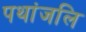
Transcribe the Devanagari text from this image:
पथांजलि